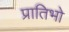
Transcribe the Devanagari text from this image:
प्रातिभो